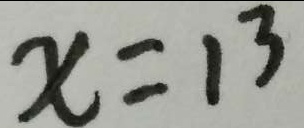
x = 1 3